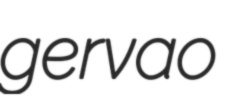
gervao